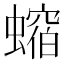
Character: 𧑲